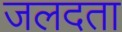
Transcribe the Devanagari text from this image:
जलदता